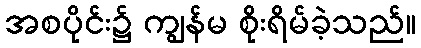
အစပိုင်း၌ ကျွန်မ စိုးရိမ်ခဲ့သည်။